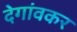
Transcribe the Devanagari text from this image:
देगांवकर